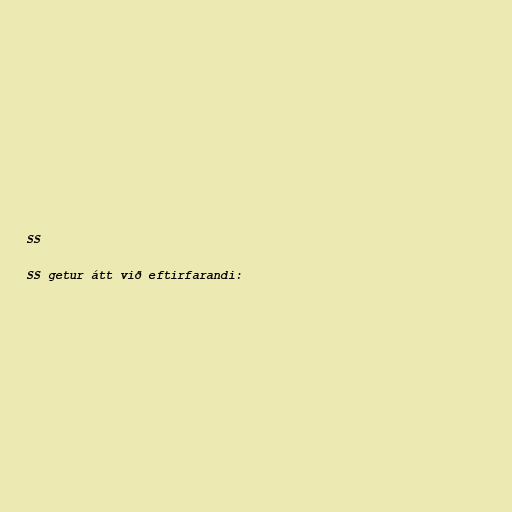
SS

SS getur átt við eftirfarandi: